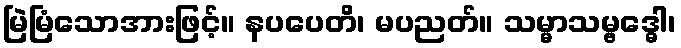
မြဲမြံသောအားဖြင့်။ နပပေတိ၊ မပညတ်။ သမ္မာသမ္ဗဒ္ဓေါ၊